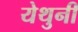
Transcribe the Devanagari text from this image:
येथुनी